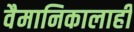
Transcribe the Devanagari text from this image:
वैमानिकालाही